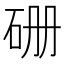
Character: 𥑬